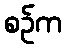
စဉ်က